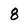
Character: 8